Mental hospitals Bombay report 1929-33 - 1929-1933
Year: 1929
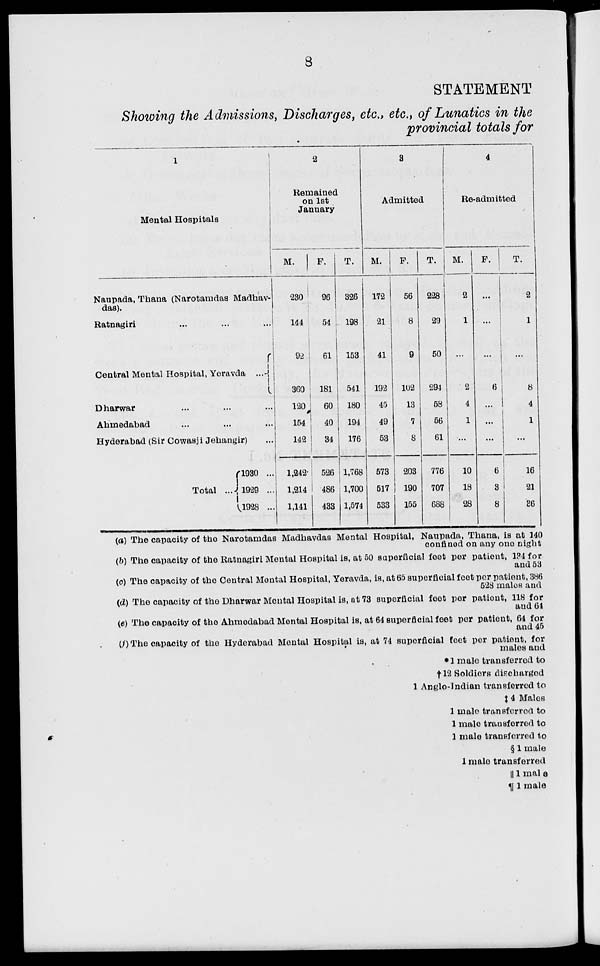
8
STATEMENT
Showing the Admissions, Discharges, etc., etc., of Lunatics in the
provincial totals for
l
Mental Hospitals
Naupada , Thana (Narotamdas Madhav-
das).
Ratnagirl ... ... ...
Central Mental Hospital, Yeravda ...
Dharwar
Ahmedabad
Hyderabad (Sir Cowasji Jehangir)
Total ...
1930 ...
1929 ...
1928 ...
2
Remained
on 1st
January
M.
230
144
92
360
120
154
142
1,242
1,214
1,141
F.
96
54
61
181
60
40
34
526
486
433
T.
326
198
153
541
180
194
176
1,768
1,700
1,574
3
Admitted
M.
172
21
41
192
45
49
53
573
517
533
F.
56
8
9
102
13
7
8
203
190
155
T.
228
29
50
294
58
56
61
776
707
688
4
Re-admitted
M.
2
1
...
2
4
1
...
10
18
28
F.
...
...
...
6
...
...
...
6
3
8
T.
2
1
...
8
4
1
...
16
21
36
(a) The capacity of the Narotamdas Madhavdas Mental Hospital, Naupada, Thana, is at 140
confined on any one night
(b) The capacity of the Ratnagiri Mental Hospital is, at 50 superficial feet per patient, 1?4 for
and 53
(c) The capacity of the Central Mental Hospital, Yeravda, is, at 65 superficial feet per patient, 386
528 males and
(d) The capacity of the Dharwar Mental Hospital is, at 73 superficial feet per patient, 118 for
and 64
(e) The capacity of the Ahmedabad Mental Hospital is, at 64 superficial feet per patient, 64 for
and 45
(f) The capacity of the Hyderabad Mental Hospital is, at 74 superficial feet per patient, for
males and
* 1 male transferred to
†12 Soldiers discharged
1 Anglo-Indian transferred to
‡ 4 Males
1 male transferred to
1 male transferred to
1 male transferred to
§ 1 male
1 male transferred
|| 1 male
¶ 1 male